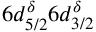
6 d _ { 5 / 2 } ^ { \delta } 6 d _ { 3 / 2 } ^ { \delta }